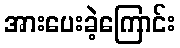
အားပေးခဲ့ကြောင်း